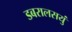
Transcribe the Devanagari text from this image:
डबरालसयुं